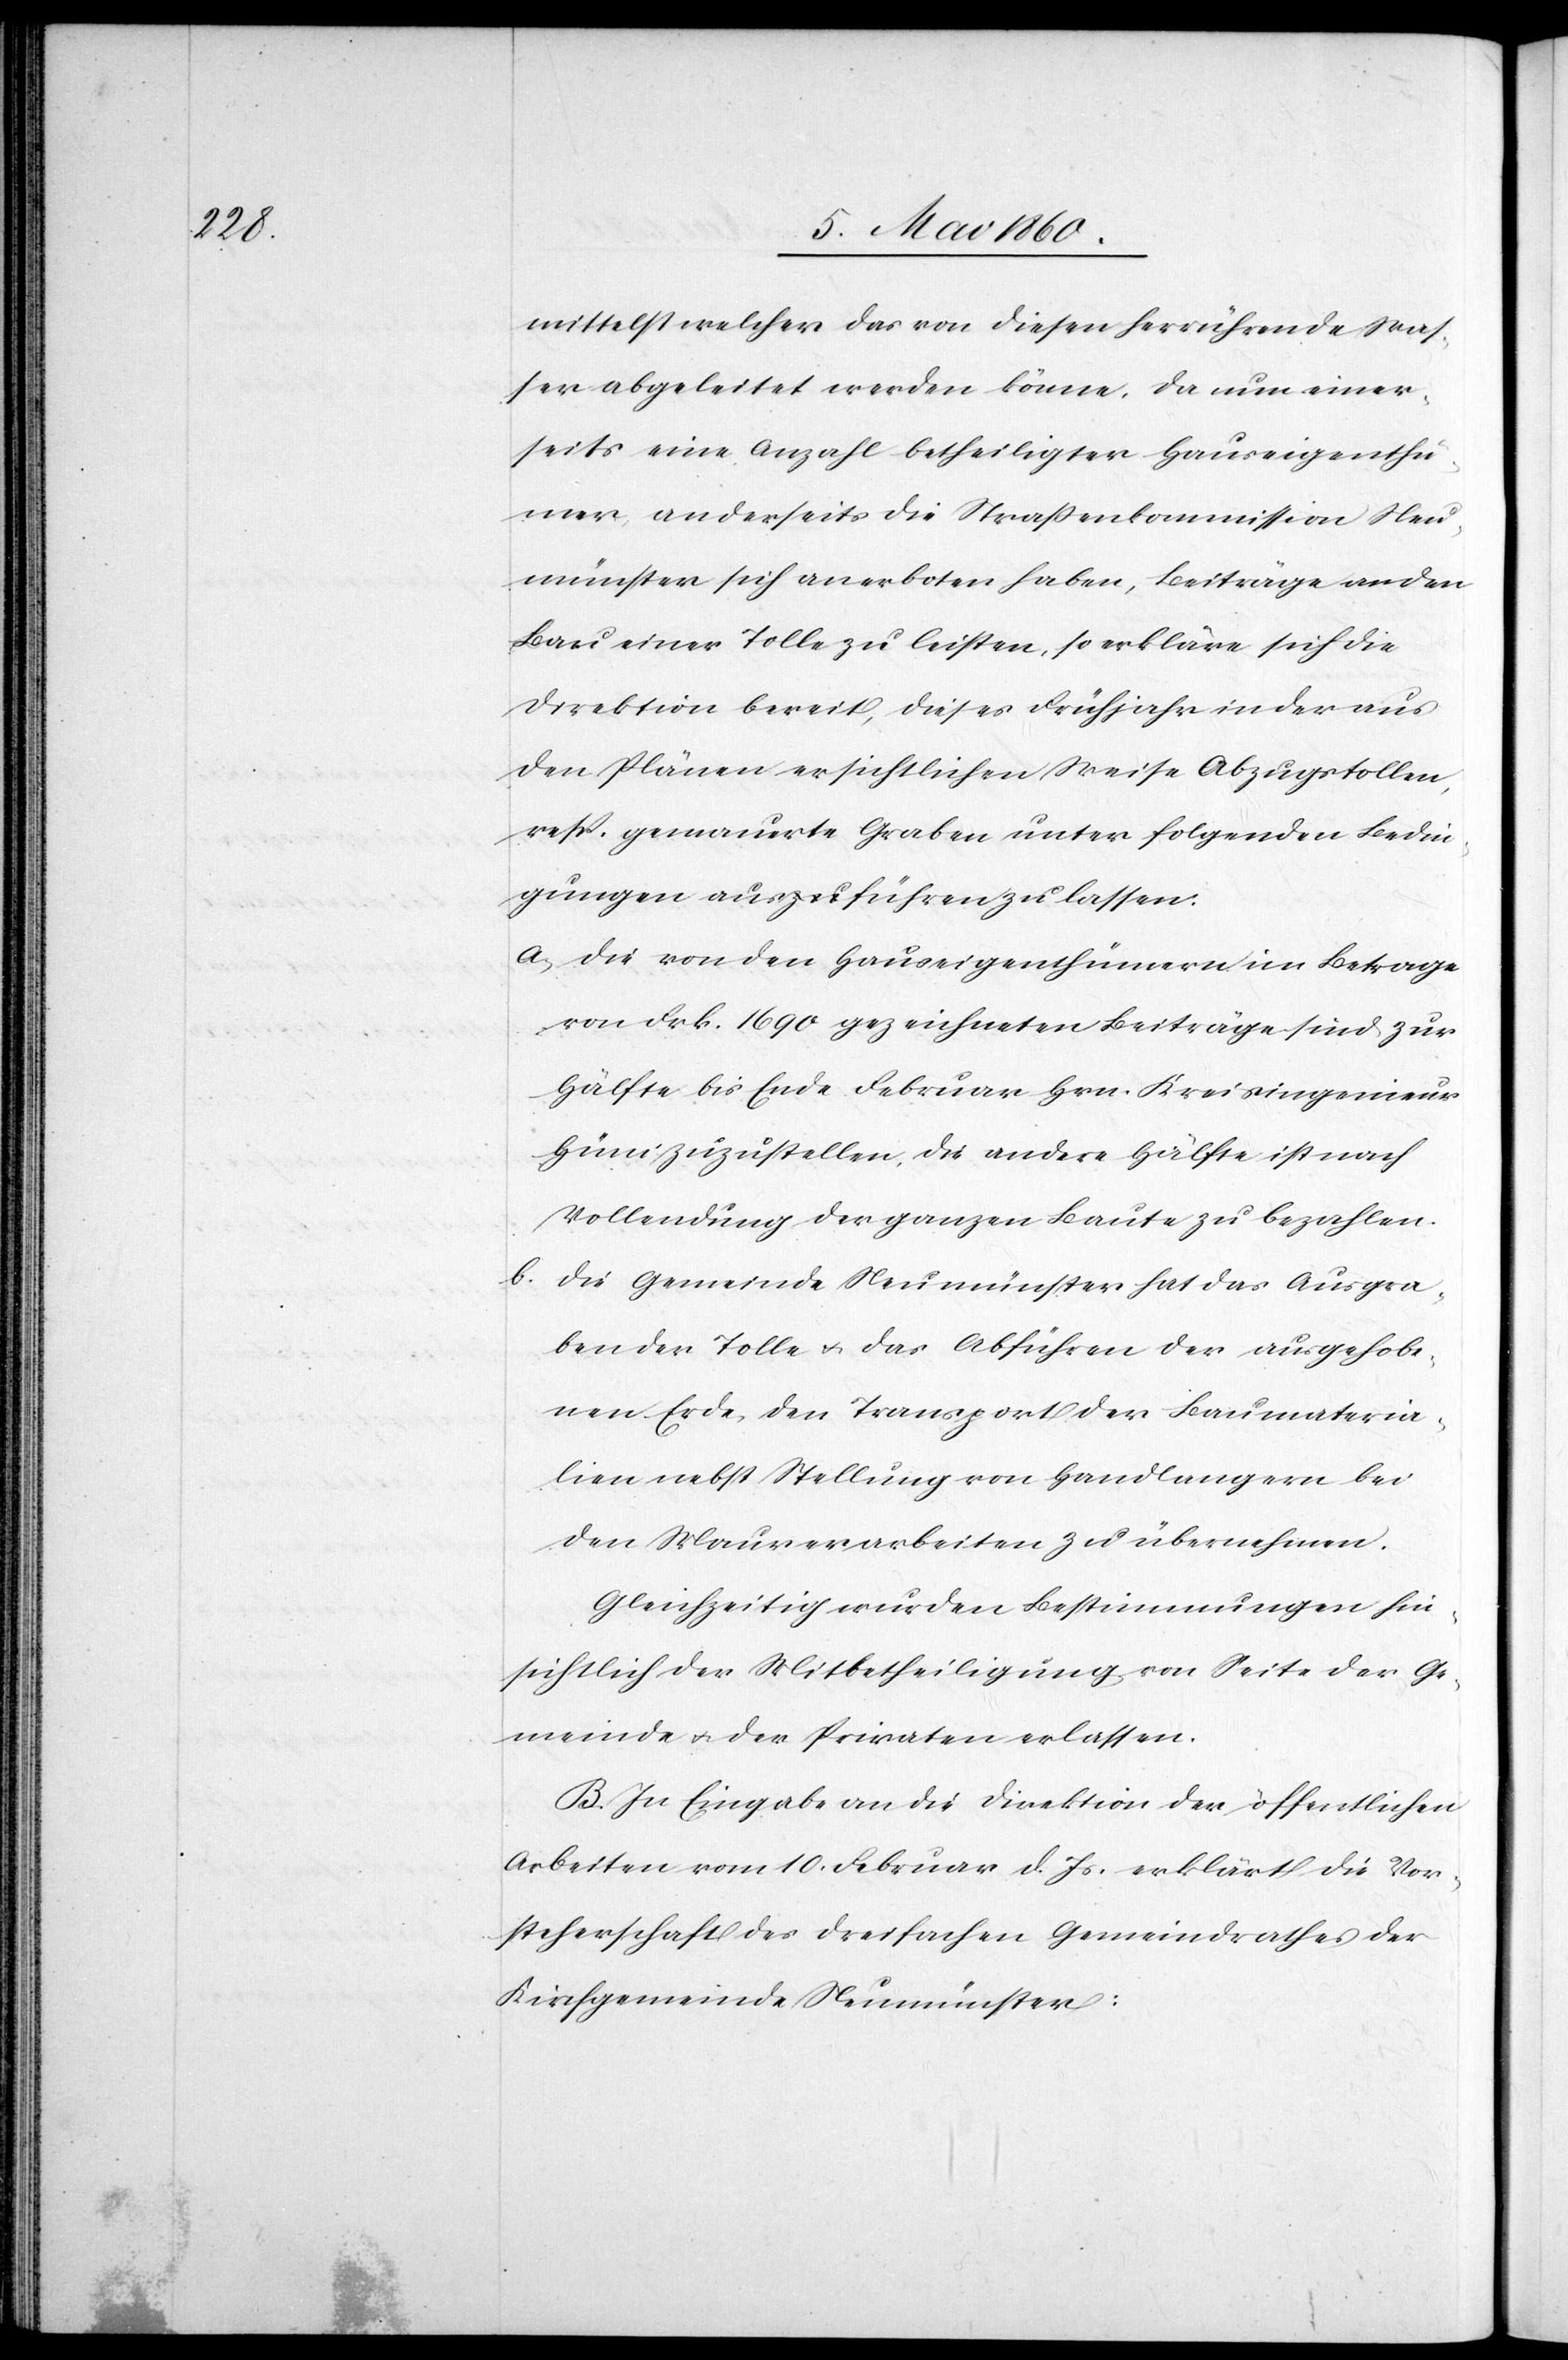
mittelst welcher das von diesen herrührende Was¬
ser abgeleitet werden könne, da nur einer¬
seits eine Anzahl betheiligter Hauseigenthü¬
mer, anderseits die Strassenkommission Neu¬
münster sich anerboten haben, Beiträge an den
Bau einer Tolle zu leisten, so erkläre sich die
Direktion bereit, dieses Frühjahr in der aus
den Plänen ersichtlichen Weise Abzugstollen,
resp. gemauerte Graben unter folgenden Bedin¬
gungen auszuführen zu lassen:
a. Die von den Hauseigenthümern im Betrage
von Frk. 1690 gezeichneten Beiträge sind zur
Hälfte bis Ende Februar Hrn. Kreisingenieur
Hüni zuzustellen, die andere Hälfte ist nach
Vollendung der ganzen Baute zu bezahlen.
b. Die Gemeinde Neumünster hat das Ausgra¬
ben der Tolle u. das Abführen der ausgehobe¬
nen Erde, den Transport der Baumateria¬
lien nebst Stellung von Handlangern bei
den Maurerarbeiten zu übernehmen.
Gleichzeitig wurden Bestimmungen hin¬
sichtlich der Mitbetheiligung von Seite der Ge¬
meinde u. der Privaten erlassen.
B. In Eingabe an die Direktion der öffentlichen
Arbeiten vom 10. Februar d. Js. erklärt die Vor¬
steherschaft des dreifachen Gemeindrathes der
Kirchgemeinde Neumünster: